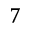
7